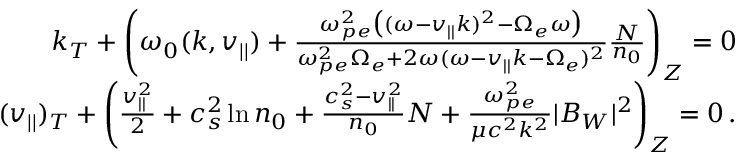
\begin{array} { r } { k _ { T } + \left( \omega _ { 0 } ( k , v _ { | | } ) + \frac { \omega _ { p e } ^ { 2 } \big ( ( \omega - v _ { | | } k ) ^ { 2 } - \Omega _ { e } \omega \big ) } { \omega _ { p e } ^ { 2 } \Omega _ { e } + 2 \omega ( \omega - v _ { | | } k - \Omega _ { e } ) ^ { 2 } } \frac { N } { n _ { 0 } } \right) _ { Z } = 0 } \\ { ( v _ { | | } ) _ { T } + \left( \frac { v _ { | | } ^ { 2 } } { 2 } + c _ { s } ^ { 2 } \ln n _ { 0 } + \frac { c _ { s } ^ { 2 } - v _ { | | } ^ { 2 } } { n _ { 0 } } N + \frac { \omega _ { p e } ^ { 2 } } { \mu c ^ { 2 } k ^ { 2 } } | B _ { W } | ^ { 2 } \right) _ { Z } = 0 \, . } \end{array}